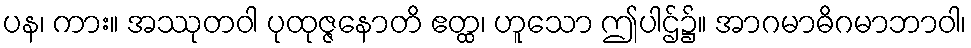
ပန၊ ကား။ အဿုတဝါ ပုထုဇ္ဇနောတိ ဧတ္ထ၊ ဟူသော ဤပါဌ်၌။ အာဂမာဓိဂမာဘာဝါ၊